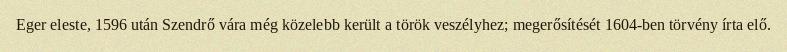
Eger eleste, 1596 után Szendrő vára még közelebb került a török veszélyhez; megerősítését 1604-ben törvény írta elő.